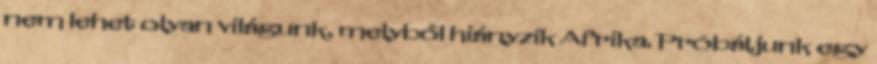
nem lehet olyan világunk, melyből hiányzik Afrika. Próbáljunk egy